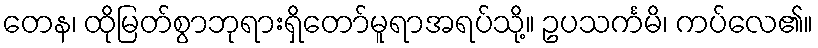
တေန၊ ထိုမြတ်စွာဘုရားရှိတော်မူရာအရပ်သို့။ ဥပသင်္ကမိ၊ ကပ်လေ၏။